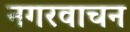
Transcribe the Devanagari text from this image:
नगरवाचन